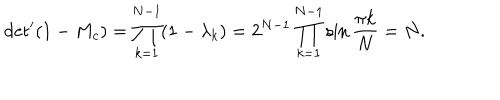
{ { \det } ^ { \prime } ( 1 - M _ { c } ) = \prod _ { k = 1 } ^ { N - 1 } ( 1 - \lambda _ { k } ) = 2 ^ { N - 1 } \prod _ { k = 1 } ^ { N - 1 } \sin { \frac { \pi k } { N } } = N . }